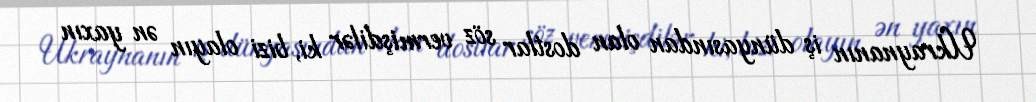
Ukraynanın iş dünyasından olan dostlar söz vermişdilər ki, bizi olayın ən yaxın